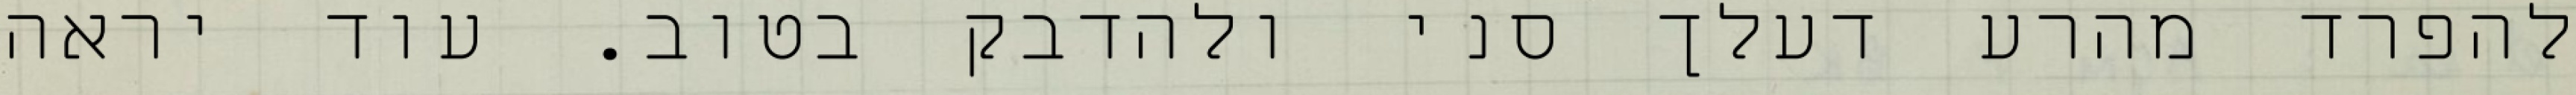
להפרד מהרע דעלך סני ולהדבק בטוב. עוד יראה